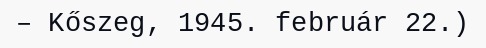
– Kőszeg, 1945. február 22.)